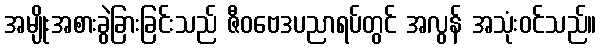
အမျိုးအစားခွဲခြားခြင်းသည် ဇီဝဗေဒပညာရပ်တွင် အလွန် အသုံးဝင်သည်။